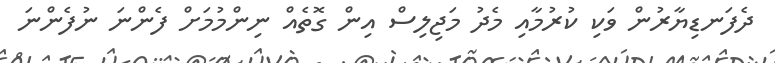
ދެފަނޑިޔާރުން ވަކި ކުރުމާއި މެދު މަޖިލިސް އިން ގޮތެއް ނިންމުމަށް ފެންނަ ނުފެންނަ